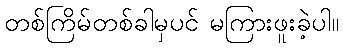
တစ်ကြိမ်တစ်ခါမှပင် မကြားဖူးခဲ့ပါ။